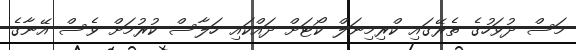
މަސް ދުވަހުގެ ތެރޭގައި ކްރިމިނަލް ކޯޓަށް ދައްކައި ހަލާސް ކުރުމަށް ވެސް އޭނާގެ